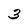
Character: 3